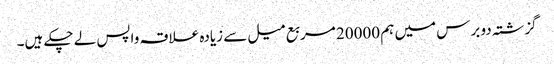
گزشتہ دو برس میں ہم 20000 مربع میل سے زیادہ علاقہ واپس لے چکے ہیں۔